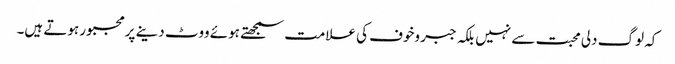
کہ لوگ دلی محبت سے نہیں بلکہ جبر وخوف کی علامت سمجھتے ہوئے ووٹ دینے پرمجبور ہوتے ہیں۔